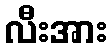
လီးအား